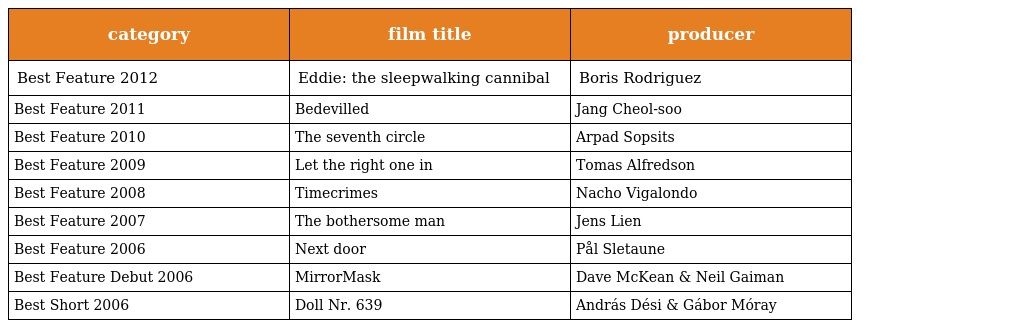
| category | film title | producer |
 | --- | --- | --- |
 | Best Feature 2012 | Eddie: the sleepwalking cannibal | Boris Rodriguez |
 | Best Feature 2011 | Bedevilled | Jang Cheol-soo |
 | Best Feature 2010 | The seventh circle | Arpad Sopsits |
 | Best Feature 2009 | Let the right one in | Tomas Alfredson |
 | Best Feature 2008 | Timecrimes | Nacho Vigalondo |
 | Best Feature 2007 | The bothersome man | Jens Lien |
 | Best Feature 2006 | Next door | Pål Sletaune |
 | Best Feature Debut 2006 | MirrorMask | Dave McKean & Neil Gaiman |
 | Best Short 2006 | Doll Nr. 639 | András Dési & Gábor Móray |